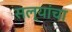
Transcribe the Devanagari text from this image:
सल्यांचा